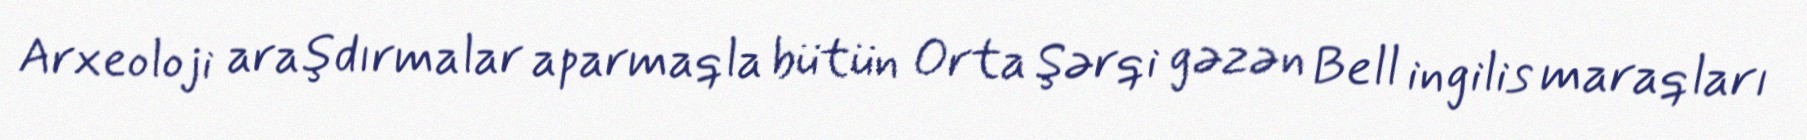
Arxeoloji araşdırmalar aparmaqla bütün Orta Şərqi gəzən Bell ingilis maraqları